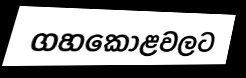
ගහකොළවලට